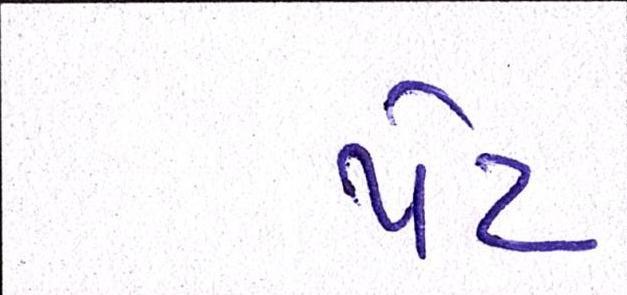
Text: પેટ